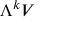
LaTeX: \Lambda ^ { k } V